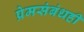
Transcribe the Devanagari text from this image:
प्रेमसंबंधही